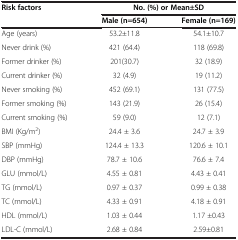
| Risk factors | <COLSPAN=2> No. (%) or Mean±SD |
 |  | Male (n=654) | Female (n=169) |
 | --- | --- | --- |
 | Age (years) | 53.2±11.8 | 54.1±10.7 |
 | Never drink (%) | 421 (64.4) | 118 (69.8) |
 | Former drinker (%) | 201(30.7) | 32 (18.9) |
 | Current drinker (%) | 32 (4.9) | 19 (11.2) |
 | Never smoking (%) | 452 (69.1) | 131 (77.5) |
 | Former smoking (%) | 143 (21.9) | 26 (15.4) |
 | Current smoking (%) | 59 (9.0) | 12 (7.1) |
 | BMI (Kg/m2) | 24.4 ± 3.6 | 24.7 ± 3.9 |
 | SBP (mmHg) | 124.4 ± 13.3 | 120.6 ± 10.1 |
 | DBP (mmHg) | 78.7 ± 10.6 | 76.6 ± 7.4 |
 | GLU (mmol/L) | 4.55 ± 0.81 | 4.43 ± 0.41 |
 | TG (mmol/L) | 0.97 ± 0.37 | 0.99 ± 0.38 |
 | TC (mmol/L) | 4.33 ± 0.91 | 4.18 ± 0.91 |
 | HDL (mmol/L) | 1.03 ± 0.44 | 1.17 ±0.43 |
 | LDL-C (mmol/L) | 2.68 ± 0.84 | 2.59±0.81 |